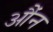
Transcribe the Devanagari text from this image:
औंन